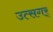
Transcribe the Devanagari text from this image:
उत्सगर्